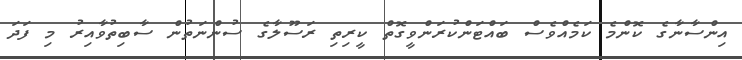
އިންސާނާގެ ކޮންމެ ކަމެއްވެސް ބައްޓަންކުރަންވީގޮތް ކީރިތި ރަސޫލާގެ ސުންނަތުން ސާބިތުވާއިރު މި ފަދަ